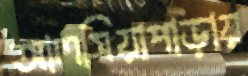
আলসিয়াপাড়ায়